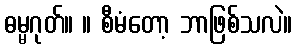
ဓမ္မဂုတ်။ ။ စီမံတော့ ဘာဖြစ်သလဲ။